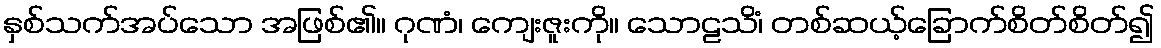
နှစ်သက်အပ်သော အဖြစ်၏။ ဂုဏံ၊ ကျေးဇူးကို။ သောဠသိံ၊ တစ်ဆယ့်ခြောက်စိတ်စိတ်၍